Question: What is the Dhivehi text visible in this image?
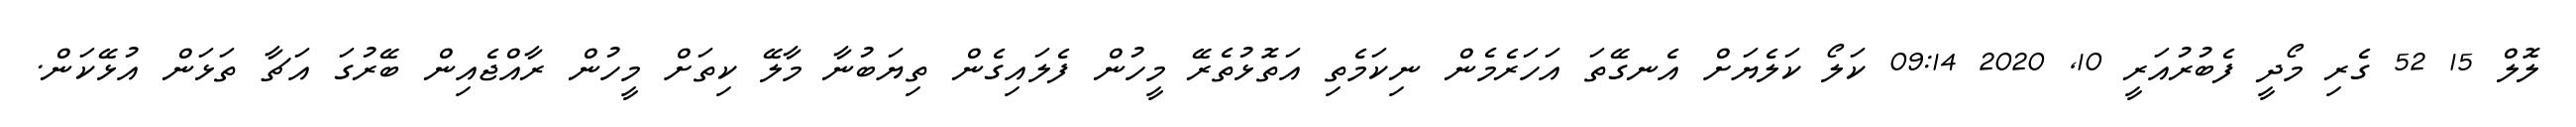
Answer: ލޮލް 15 52 ގެރި މޯދީ ފެބުރުއަރީ 10, 2020 09:14 ކަލޯ ކަލެޔަށް އެނގޭތަ އަހަރެމެން ނިކަމެތި އަތޮޅުތެރޭ މީހުން ފެލައިގެން ތިޔަބުނާ މާލޭ ކިތަށް މީހުން ރާއްޖެއިން ބޭރުގަ އަޗާ ތަޅަން އުޅޭކަން.